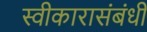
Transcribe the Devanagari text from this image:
स्वीकारासंबंधी